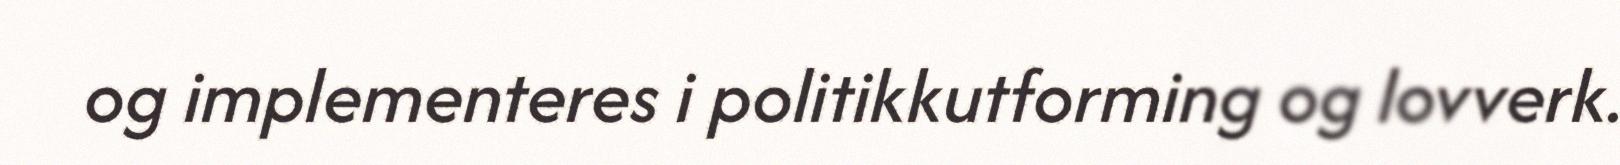
og implementeres i politikkutforming og lovverk.